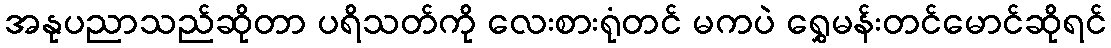
အနုပညာသည်ဆိုတာ ပရိသတ်ကို လေးစားရုံတင် မကပဲ ရွှေမန်းတင်မောင်ဆိုရင်